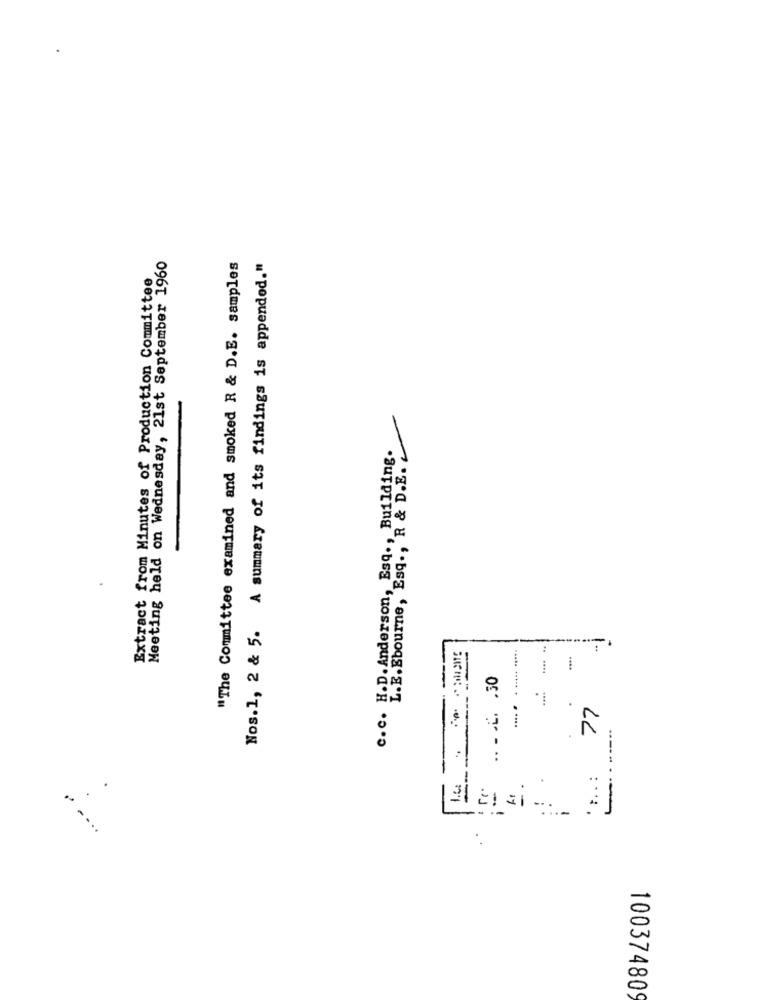
Meeting held on Wednesday, 21st September 1960
"The Committee examined and smoked R & D.E. samples
Nos.1, 2 & 5. A summary of its findings is appended."
Extract from Minutes of Production Committee
c.c. H.D. Anderson, Esq ., Building.
L.E.Ebourne, Esq ., R & D.E.
.... . . ..... .....
.. . . L. . 30
....
77
-......
.
....:
100374809